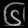
Digit: ၆